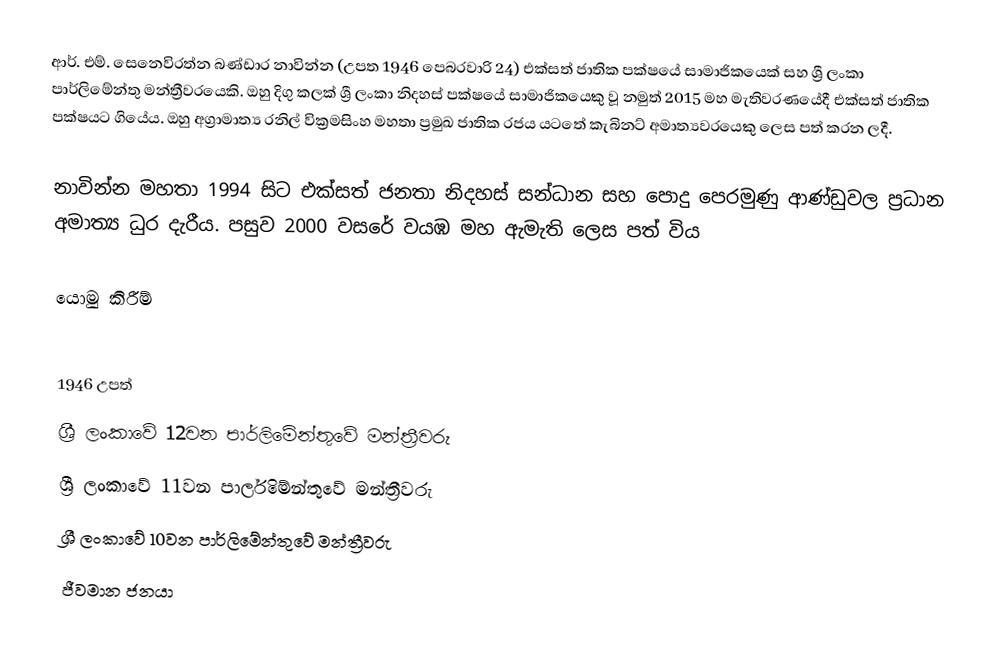
ආර්. එම්. සෙනෙවිරත්න බණ්ඩාර නාවින්න (උපත 1946 පෙබරවාරි 24) එක්සත් ජාතික පක්ෂයේ සාමාජිකයෙක් සහ ශ්‍රී ලංකා පාර්ලිමේන්තු මන්ත්‍රීවරයෙකි. ඔහු දිගු කලක් ශ්‍රී ලංකා නිදහස් පක්ෂයේ සාමාජිකයෙකු වූ නමුත් 2015 මහ මැතිවරණයේදී එක්සත් ජාතික පක්ෂයට ගියේය.  ඔහු අග්‍රාමාත්‍ය රනිල් වික්‍රමසිංහ මහතා ප්‍රමුඛ ජාතික රජය යටතේ කැබිනට් අමාත්‍යවරයෙකු ලෙස පත් කරන ලදී.

නාවින්න මහතා 1994 සිට එක්සත් ජනතා නිදහස් සන්ධාන සහ පොදු පෙරමුණු ආණ්ඩුවල ප්‍රධාන අමාත්‍ය ධුර දැරීය. පසුව 2000 වසරේ වයඹ මහ ඇමැති ලෙස පත් විය

යොමු කිරීම්

1946 උපත්
ශ්‍රී ලංකාවේ 12වන පාර්ලිමේන්තුවේ මන්ත්‍රීවරු
ශ්‍රී ලංකාවේ 11වන පාර්ලිමේන්තුවේ මන්ත්‍රීවරු
ශ්‍රී ලංකාවේ 10වන පාර්ලිමේන්තුවේ මන්ත්‍රීවරු
ජීවමාන ජනයා